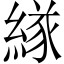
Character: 𦂁